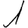
Digit: 1